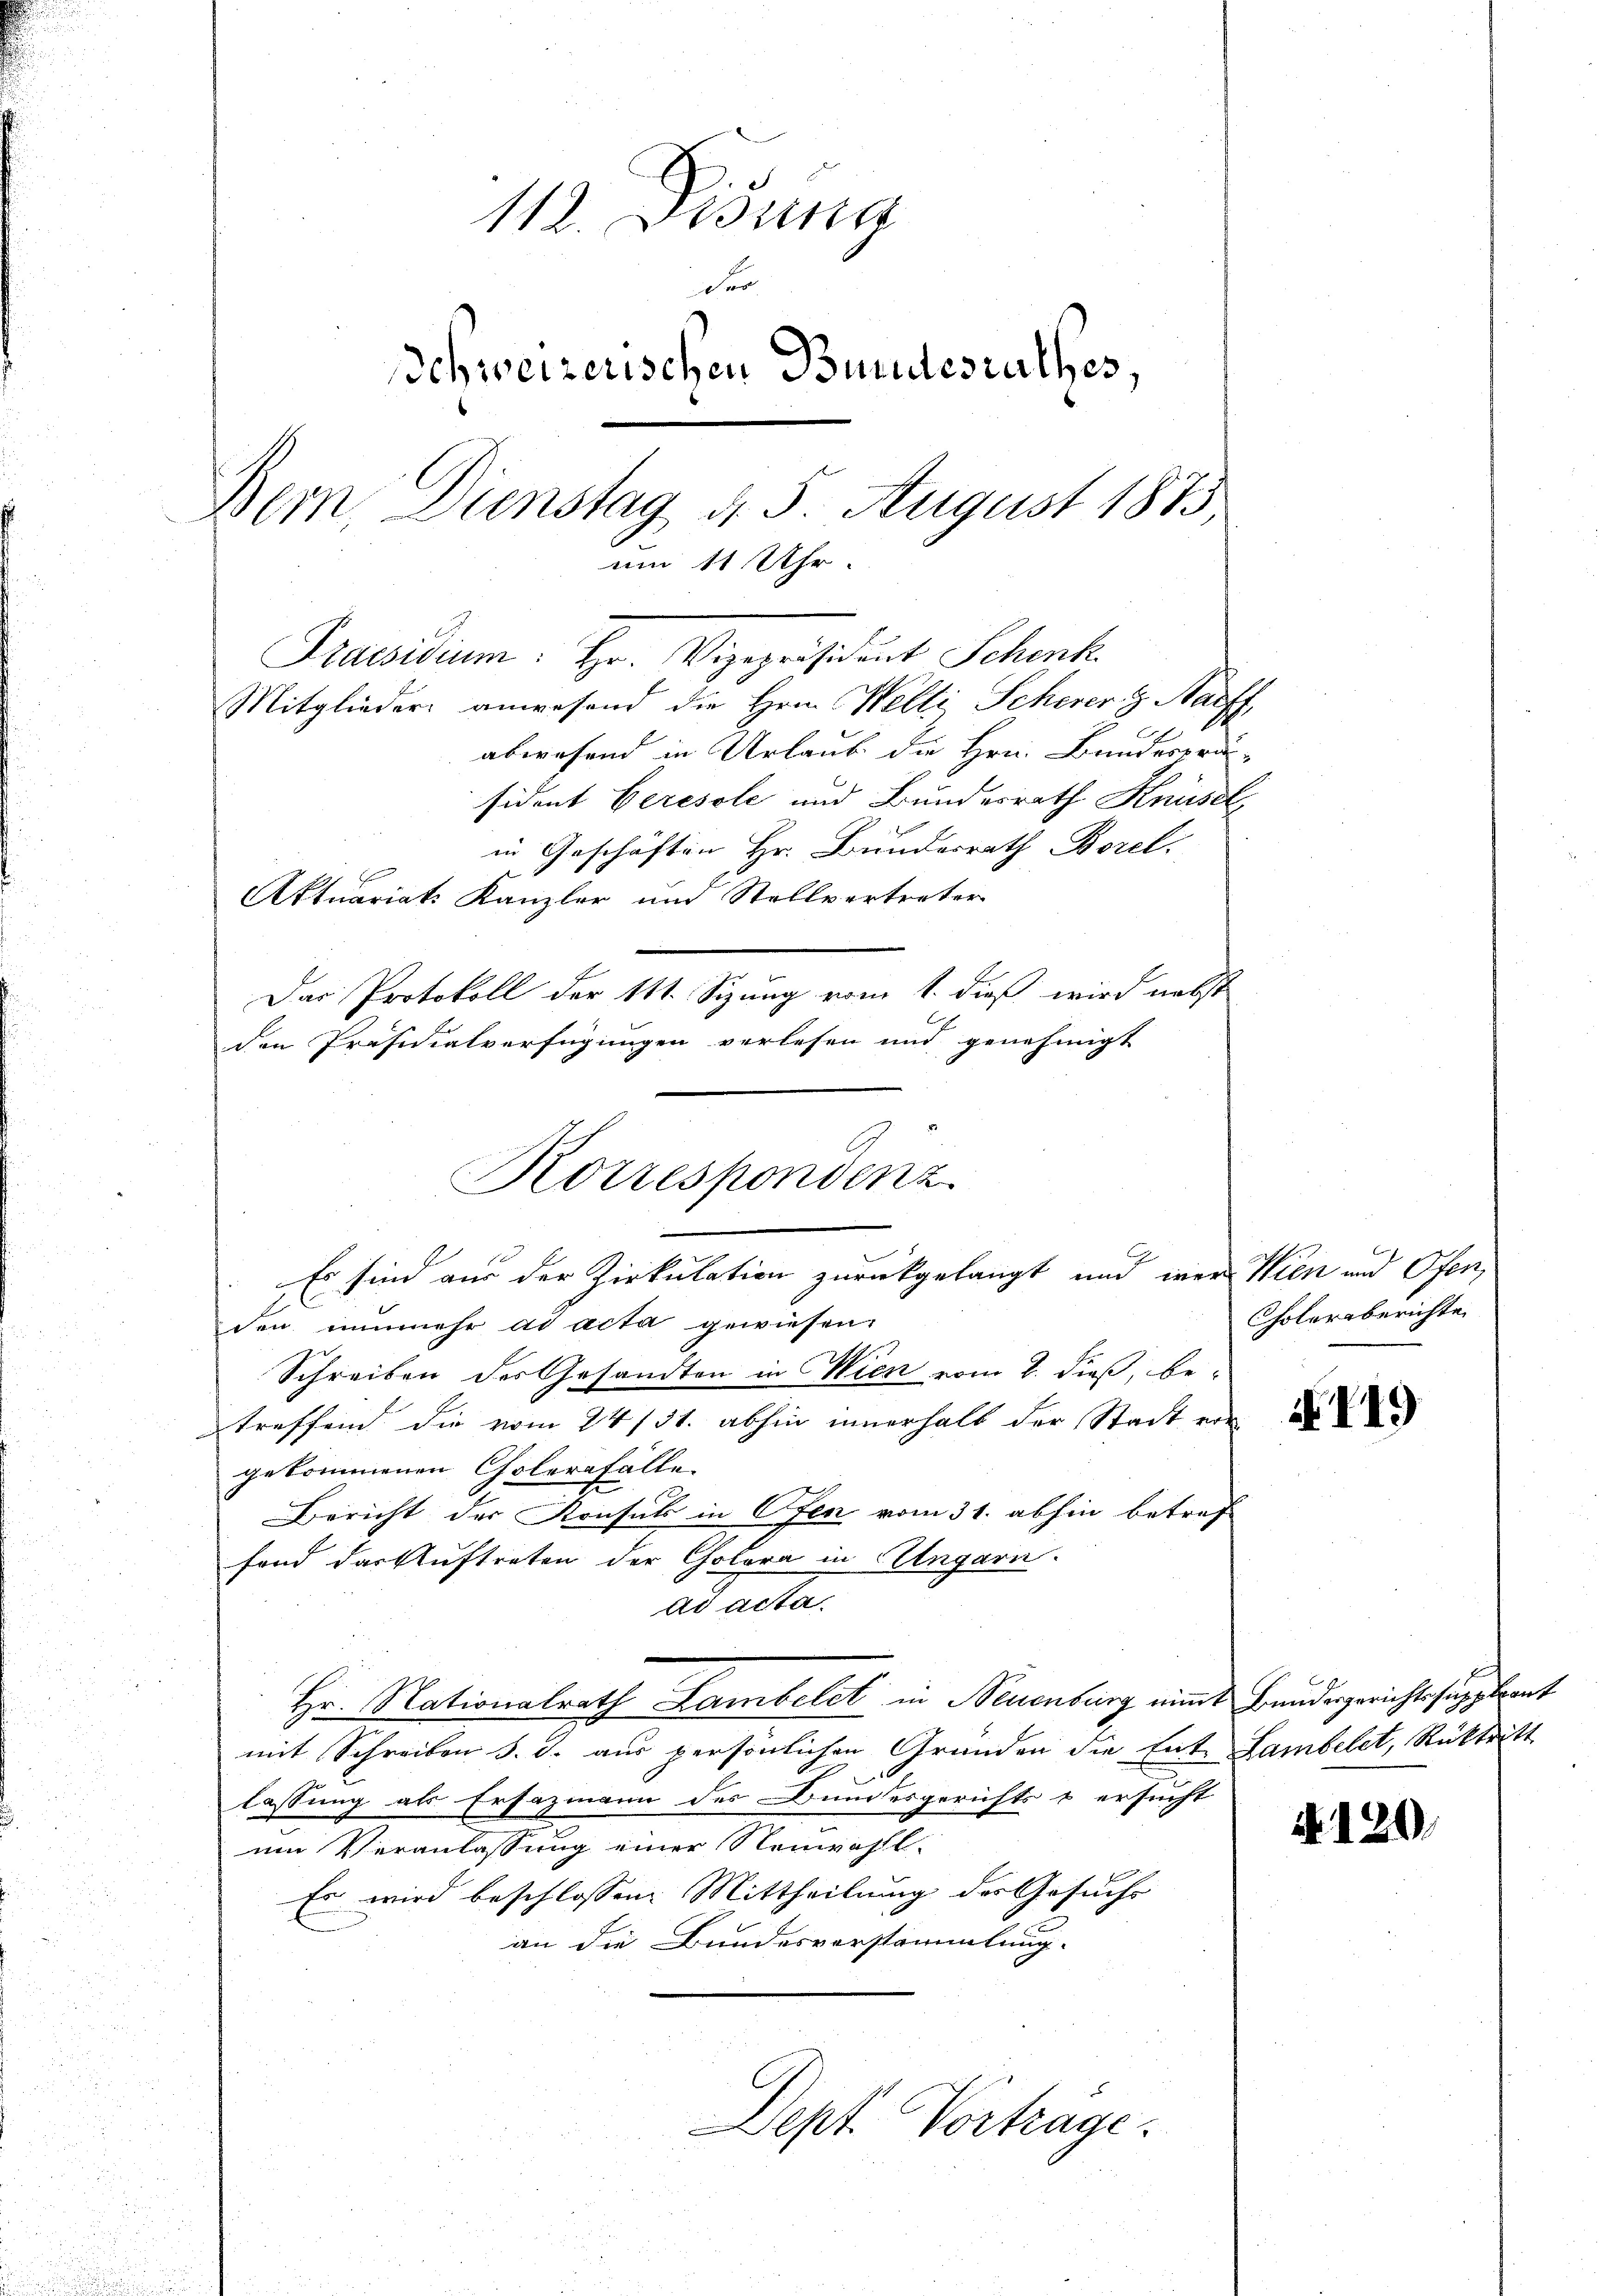
112. Didung
Für
Schweizerischen Bundesrathes,
Bern Dienstag, d. 5. August 1873
um 11 Uhr.
Praesidium: Hr. Vizepräsident Schenk
Mitglieder anwesend die Hrn. Welti, Scherer H. Harff
l
abwesend in Urlaub die Hrn. Bundesprä-
sident beresole und Bundesrath Knüsel
in Geschäften Hr. Bundesrath Borel.
Aktuariats Kanzler und Stellvertreter
Der Protokoll der 11. Sprung vom 1. daß wird macht
den Präsidialverfügungen verlesen und genehmigt

Korrespondenz
Es sind aus der Zirkulation zurückgelangt und war Wien und Ofen,

den nunmehr ad acta gewiesen.
Schreiben des Gesandten in Wien vom 8. dieß, betreffend die vom 24/31. abhin innerhalb der Stadt vor
gekommenen Cholerafälle
Bericht der Konsuls in Ofen vom 31. abhin betref
fond das Auftreten der Colora in Eingarn.
ad acta.
Hr. Nationalrath Lambelct in Neuenburg nimmt Bundesgerichtssuppleant
mit Schreiben d. d. aus persönlichen Gründen die Ent Lambelet, Rücktritt
.
lassung als Ersazmann der Bundesgerichts & ersucht
nen Veranlassung einer Neuwahl-
Es wird beschlossen Mittheilung der Gesuchs
an die Bundesverstammlung.
Dept. Vortrage.

Cholersberichte

N 119

N. 120.